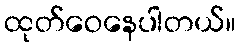
ထုတ်ဝေနေပါတယ်။